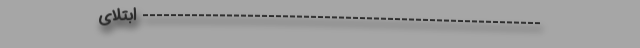
--------------------------------------------------------- ابتلای